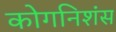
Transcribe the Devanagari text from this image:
कोगनिशंस